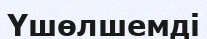
Үшөлшемді